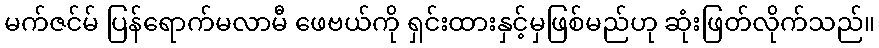
မက်ဇင်မ် ပြန်ရောက်မလာမီ ဖေဗယ်ကို ရှင်းထားနှင့်မှဖြစ်မည်ဟု ဆုံးဖြတ်လိုက်သည်။